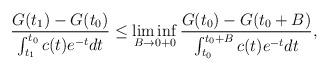
LaTeX: \begin{align*}\frac{G(t_1)-G(t_0)}{\int^{t_0}_{t_1} c(t)e^{-t}dt}\leq\liminf\limits_{B \to0+0}\frac{G(t_0)-G(t_0+B)}{\int_{t_0}^{t_0+B}c(t)e^{-t}dt},\end{align*}